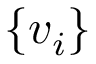
\{ v _ { i } \}